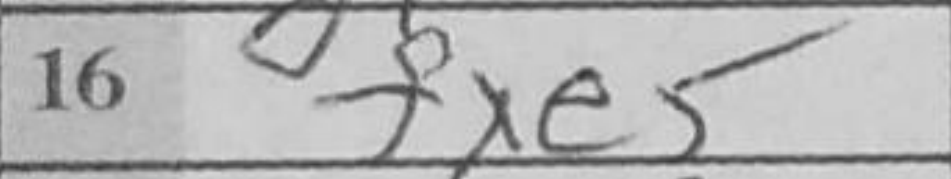
Transcription: fxe5